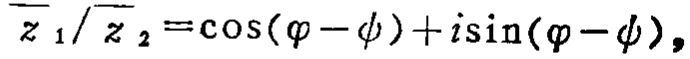
$\overline{z}_{1}/\overline{z}_{2}=\cos(\varphi - \psi)+i\sin(\varphi - \psi),$